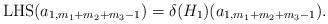
LaTeX: \begin{align*} \mbox{LHS}(a_{1, m_1+m_2+m_3-1})=\delta(H_1)(a_{1, m_1+m_2+m_3-1}).\end{align*}